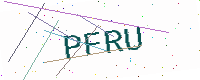
Text: PFRU